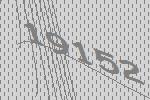
19152